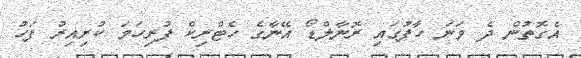
އެގޮތުން ދެ ވަނަ ހާފުގައި ރޮނާލްޑޯ އޭނާގެ ހެޓްރިކް ފުރިހަމަ ކުރިއިރު ފަހު